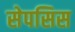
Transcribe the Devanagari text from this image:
सेपसिस